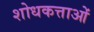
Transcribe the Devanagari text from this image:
शोधकत्ताओं